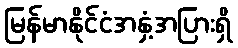
မြန်မာနိုင်ငံအနှံ့အပြားရှိ